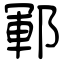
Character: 鄆